Vaccination in the Punjab 1919-1929 - 1919-1929
Year: 1919
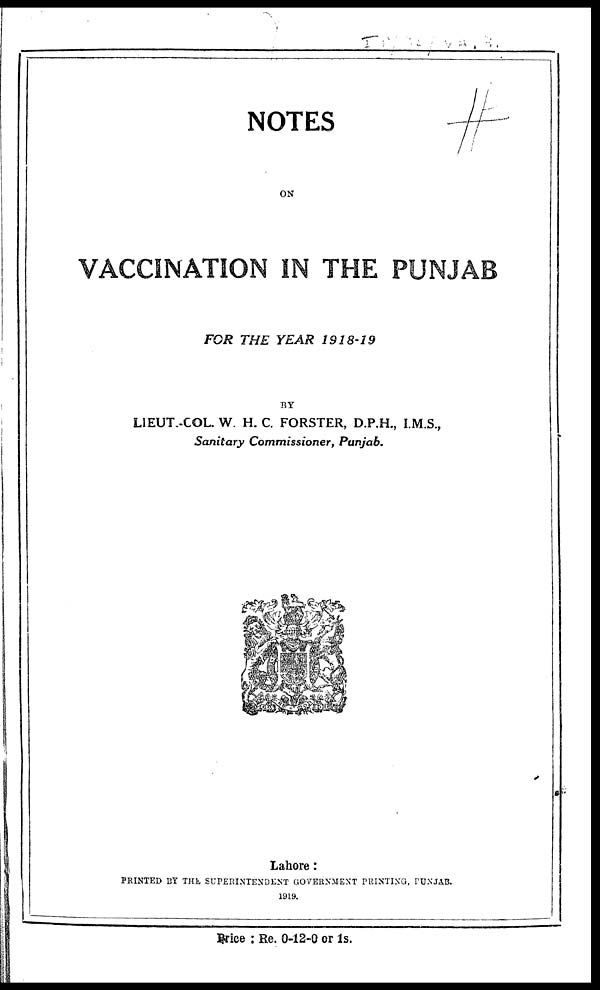
NOTES
ON
VACCINATION IN THE PUNJAB
FOR THE YEAR
1918-19
BY
LIEUT.-COL. W. H. C. FORSTER, D.P.H., I.M.S.,
Sanitary Commissioner, Punjab.
Lahore :
PRINTED BY THE SUPERINTENDENT GOVERNMENT PRINTING. PUNJAB.
1919.
Price : Re. 0-12-0 or 1s.